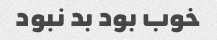
خوب بود بد نبود